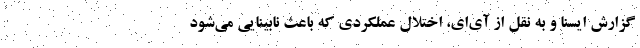
گزارش ایسنا و به نقل از آی‌ای، اختلال عملکردی که باعث نابینایی می‌شود